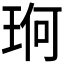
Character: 𮴛